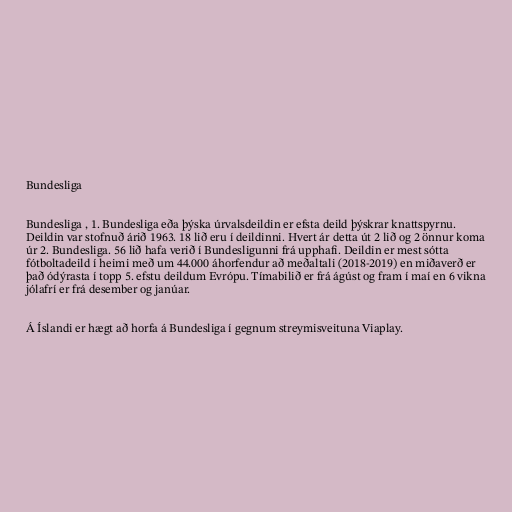
Bundesliga

Bundesliga , 1. Bundesliga eða þýska úrvalsdeildin er efsta deild þýskrar knattspyrnu.
Deildin var stofnuð árið 1963. 18 lið eru í deildinni. Hvert ár detta út 2 lið og 2 önnur koma
úr 2. Bundesliga. 56 lið hafa verið í Bundesligunni frá upphafi. Deildin er mest sótta
fótboltadeild í heimi með um 44.000 áhorfendur að meðaltali (2018-2019) en miðaverð er
það ódýrasta í topp 5. efstu deildum Evrópu. Tímabilið er frá ágúst og fram í maí en 6 vikna
jólafrí er frá desember og janúar.

Á Íslandi er hægt að horfa á Bundesliga í gegnum streymisveituna Viaplay.